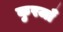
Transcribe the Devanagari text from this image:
कुरजाँ